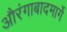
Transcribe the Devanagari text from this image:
औरंगाबादमार्गे